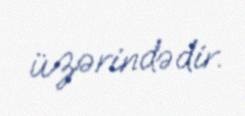
üzərindədir.